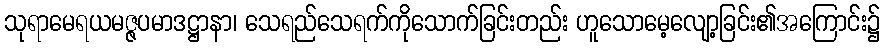
သုရာမေရယမဇ္ဇပမာဒဋ္ဌာနာ၊ သေရည်သေရက်ကိုသောက်ခြင်းတည်း ဟူသောမေ့လျော့ခြင်း၏အကြောင်း၌